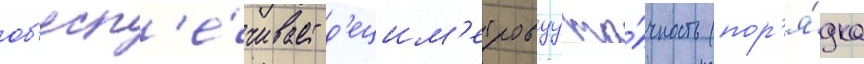
об'есп'е́чивает д'ецим'етровуу то́чность (пор'я́дка